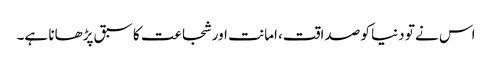
اس نے تو دنیا کو صداقت، امانت اور شجاعت کا سبق پڑھانا ہے۔